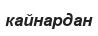
кайнардан